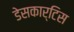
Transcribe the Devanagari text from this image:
डेसकार्टिस